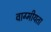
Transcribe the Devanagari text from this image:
वाग्मीयता